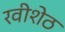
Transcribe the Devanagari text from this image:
रवीशेठ